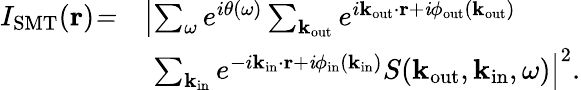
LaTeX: \begin{array}{rl}{I_{\mathrm{SMT}}(\mathbf{r})\mathit=}&{\left|\sum_{\omega}e^{i\theta(\omega)}\sum_{\mathbf k_{\mathrm{out}}}e^{i\mathbf k_{\mathrm{out}}\cdot\mathbf{r}+\mathit i\phi_{\mathrm{out}}(\mathbf k_{\mathrm{out}})}\right.}\\ &{\, \, \left.\sum_{\mathbf k_{\mathrm{in}}}e^{-i\mathbf k_{\mathrm{in}}\cdot\mathbf{r}+\mathit i\phi_{\mathrm{in}}(\mathbf k_{\mathrm{in}})}S(\mathbf k_{\mathrm{out}},\mathbf k_{\mathrm{in}},\omega)\right|^{2}.}\end{array}